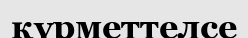
қүрметтелсе